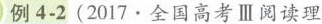
例4-2(2017.全国高考Ⅲ阅读理